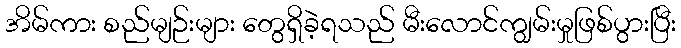
အိမ်ကား စည်မျဉ်းများ တွေရှိခဲ့ရသည် မီးလောင်ကျွမ်းမှုဖြစ်ပွားပြီး